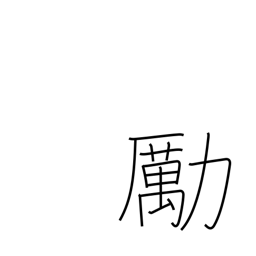
Meaning: encourage